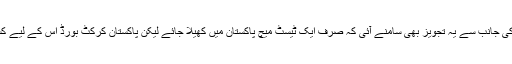
اس کے علاوہ بنگلہ دیش کی جانب سے یہ تجویز بھی سامنے آئی کہ صرف ایک ٹیسٹ میچ پاکستان میں کھیلا جائے لیکن پاکستان کرکٹ بورڈ اس کے لیے کسی صورت میں تیار نہیں۔